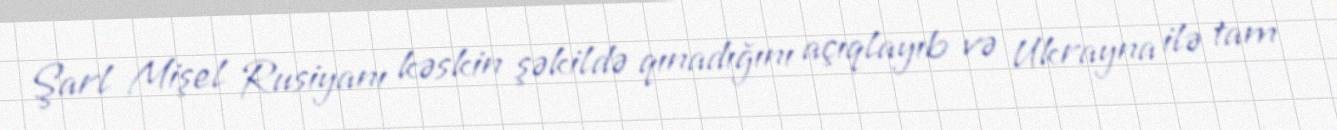
Şarl Mişel Rusiyanı kəskin şəkildə qınadığını açıqlayıb və Ukrayna ilə tam